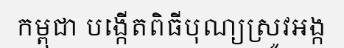
កម្ពុជា បង្កើតពិធីបុណ្យស្រូវអង្ក